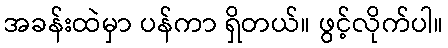
အခန်းထဲမှာ ပန်ကာ ရှိတယ်။ ဖွင့်လိုက်ပါ။